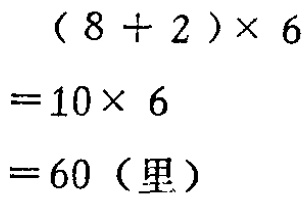
\((8 + 2)\times 6\)

\(=10\times 6\)

\(=60（里）\)